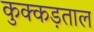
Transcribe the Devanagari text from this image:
कुक्कड़ताल